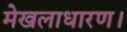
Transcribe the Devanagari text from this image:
मेखलाधारण।